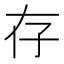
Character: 存